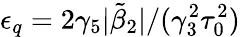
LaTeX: \epsilon_{q}=2\gamma_{5}|\tilde{\beta}_{2}|/(\gamma_{3}^{2}\tau_{0}^{2})